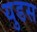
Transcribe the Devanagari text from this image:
युडस